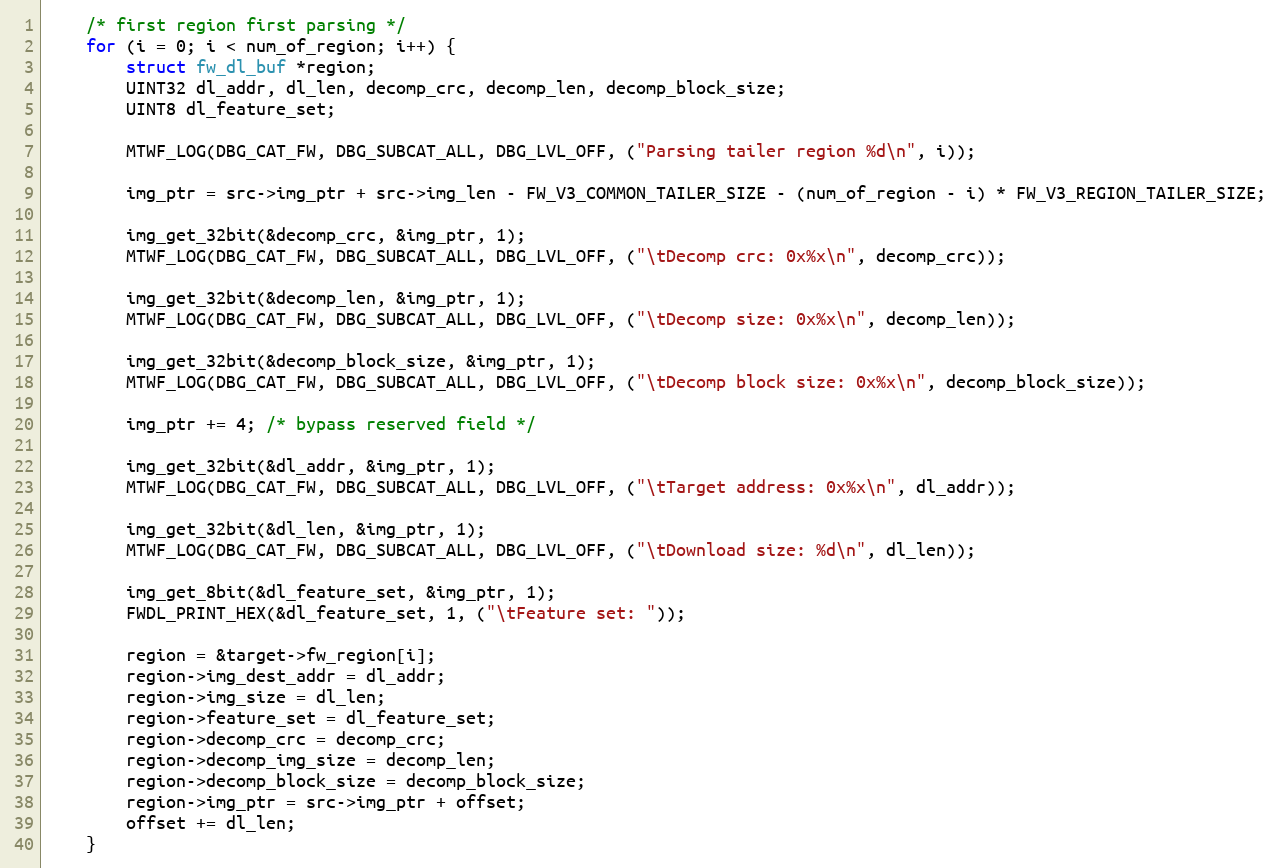
Language: C
	/* first region first parsing */
	for (i = 0; i < num_of_region; i++) {
		struct fw_dl_buf *region;
		UINT32 dl_addr, dl_len, decomp_crc, decomp_len, decomp_block_size;
		UINT8 dl_feature_set;

		MTWF_LOG(DBG_CAT_FW, DBG_SUBCAT_ALL, DBG_LVL_OFF, ("Parsing tailer region %d\n", i));

		img_ptr = src->img_ptr + src->img_len - FW_V3_COMMON_TAILER_SIZE - (num_of_region - i) * FW_V3_REGION_TAILER_SIZE;

		img_get_32bit(&decomp_crc, &img_ptr, 1);
		MTWF_LOG(DBG_CAT_FW, DBG_SUBCAT_ALL, DBG_LVL_OFF, ("\tDecomp crc: 0x%x\n", decomp_crc));

		img_get_32bit(&decomp_len, &img_ptr, 1);
		MTWF_LOG(DBG_CAT_FW, DBG_SUBCAT_ALL, DBG_LVL_OFF, ("\tDecomp size: 0x%x\n", decomp_len));

		img_get_32bit(&decomp_block_size, &img_ptr, 1);
		MTWF_LOG(DBG_CAT_FW, DBG_SUBCAT_ALL, DBG_LVL_OFF, ("\tDecomp block size: 0x%x\n", decomp_block_size));

		img_ptr += 4; /* bypass reserved field */

		img_get_32bit(&dl_addr, &img_ptr, 1);
		MTWF_LOG(DBG_CAT_FW, DBG_SUBCAT_ALL, DBG_LVL_OFF, ("\tTarget address: 0x%x\n", dl_addr));

		img_get_32bit(&dl_len, &img_ptr, 1);
		MTWF_LOG(DBG_CAT_FW, DBG_SUBCAT_ALL, DBG_LVL_OFF, ("\tDownload size: %d\n", dl_len));

		img_get_8bit(&dl_feature_set, &img_ptr, 1);
		FWDL_PRINT_HEX(&dl_feature_set, 1, ("\tFeature set: "));

		region = &target->fw_region[i];
		region->img_dest_addr = dl_addr;
		region->img_size = dl_len;
		region->feature_set = dl_feature_set;
		region->decomp_crc = decomp_crc;
		region->decomp_img_size = decomp_len;
		region->decomp_block_size = decomp_block_size;
		region->img_ptr = src->img_ptr + offset;
		offset += dl_len;
	}